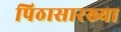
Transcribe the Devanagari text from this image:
पिठासारख्या